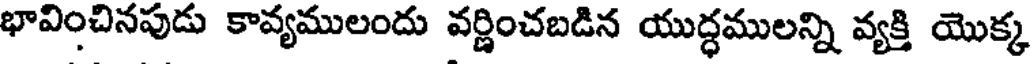
భావించినపుడు కావ్యములందు వర్ణించబడిన యుద్ధములన్ని వ్యక్తి యొక్క